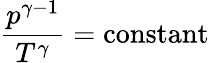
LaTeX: {\frac{p^{\gamma-1}}{T^{\gamma}}}={\mathrm{constant}}